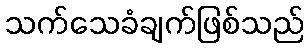
သက်သေခံချက်ဖြစ်သည်